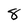
Character: 8